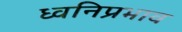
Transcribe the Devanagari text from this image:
ध्वनिप्रभाव